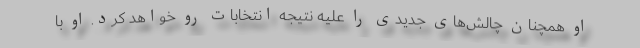
او همچنان چالش‌های جدیدی را علیه نتیجه انتخابات رو خواهد کرد. او با